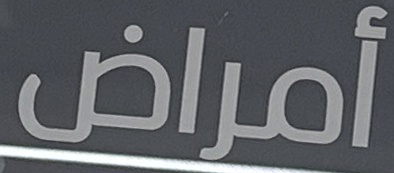
أمراض